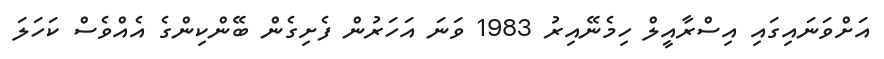
އަށްވަނައިގައި އިސްރާއީލް ހިމެނޭއިރު 1983 ވަނަ އަހަރުން ފެށިގެން ބޭންކިންގެ އެއްވެސް ކަހަލަ